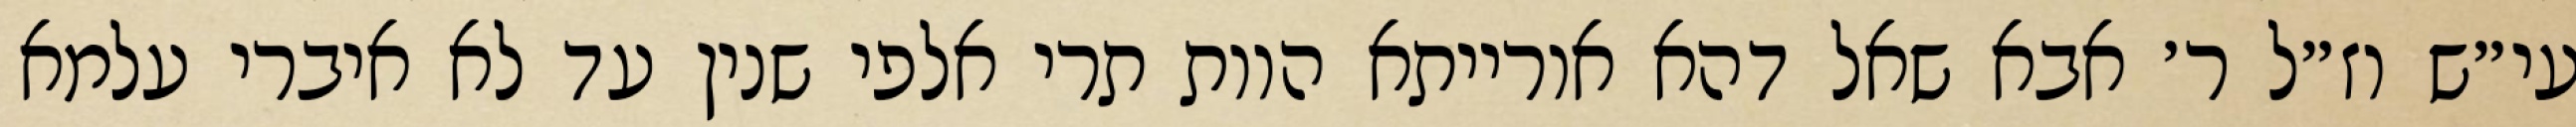
עי״ש וז״ל ר׳ אבא שאל דהא אורייתא הוות תרי אלפי שנין עד לא איברי עלמא